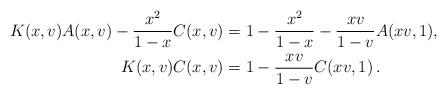
LaTeX: \begin{align*}K(x,v)A(x,v)-\frac{x^2}{1-x}C(x,v)&=1-\frac{x^2}{1-x}-\frac{xv}{1-v}A(xv,1),\\K(x,v)C(x,v)&=1-\frac{xv}{1-v}C(xv,1)\,.\end{align*}